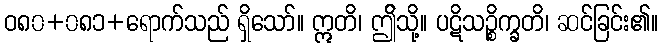
ဝ၈၀+၀၈၁+ရောက်သည် ရှိသော်။ ဣတိ၊ ဤိသို့။ ပဋိသဉ္စိက္ခတိ၊ ဆင်ခြင်း၏။